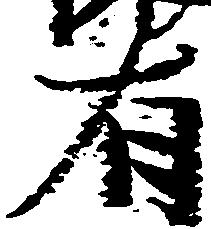
有